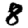
Digit: 8